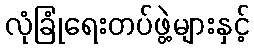
လုံခြုံရေးတပ်ဖွဲ့များနှင့်